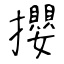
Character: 攖